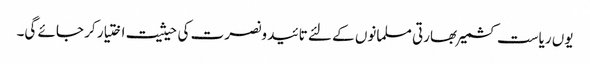
یوں ریاست کشمیر بھارتی مسلمانوں کے لئے تائید ونصرت کی حیثیت اختیار کر جائے گی۔